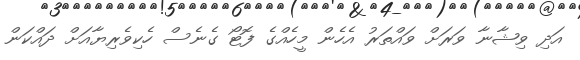
އަދި ވިޝާނާ ވަރަށް ވައްތަރު އެހެން މީހެއްގެ ފޮޓޯ ގެނެސް ހެކިވެރިޔާއަށް ދައްކަން